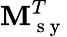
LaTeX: \mathbf{M}_{\mathrm{{~s~y~}}}^{T}